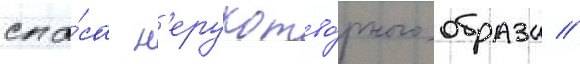
спа́са н'ерукотво́рного образа //